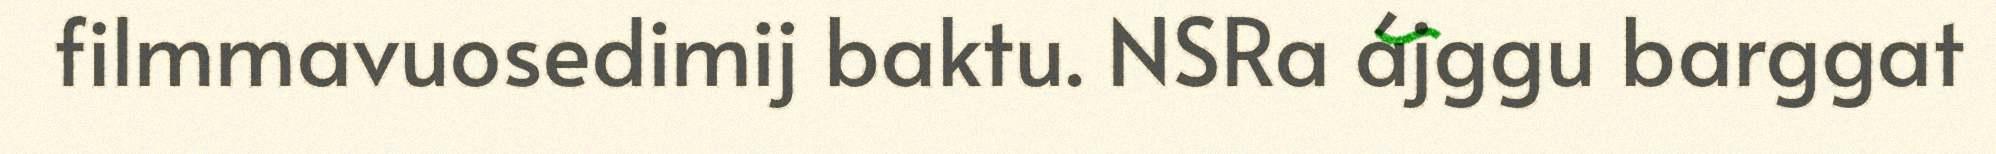
filmmavuosedimij baktu. NSRa ájggu barggat